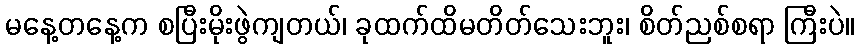
မနေ့တနေ့က စပြီးမိုးဖွဲကျတယ်၊ ခုထက်ထိမတိတ်သေးဘူး၊ စိတ်ညစ်စရာ ကြီးပဲ။